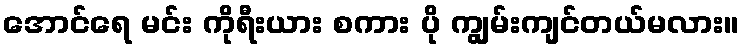
အောင်ရေ မင်း ကိုရီးယား စကား ပို ကျွမ်းကျင်တယ်မလား။